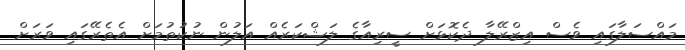
މައްސަލާގައި ވެސް އިޒްރޭލާ ދެކޮޅަށް ސީރިއާގެ ލަޝްކަރެއް އަލުން ނުކުތުމަށް އެތެރޭގައި ވަރަށް